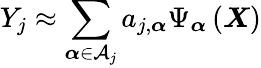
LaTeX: Y_{j}\approx\sum_{\boldsymbol{\alpha}\in\mathcal{A}_{j}}a_{j,\boldsymbol{\alpha}}\Psi_{\boldsymbol{\alpha}}\left(\boldsymbol{X}\right)